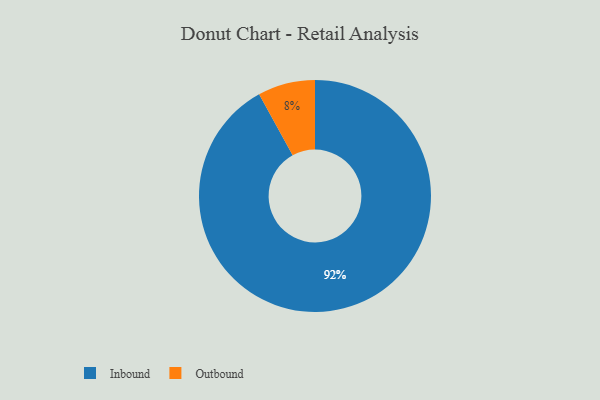
{"axis": {"x": "Category", "y": "Percentage"}, "legend": ["Inbound", "Outbound"], "data": [{"x": "Inbound", "y": 92, "type": "Inbound"}, {"x": "Outbound", "y": 8, "type": "Outbound"}]}